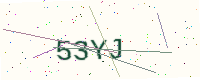
Text: 53YJ